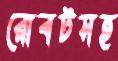
রোবটসহ